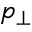
p _ { \bot }